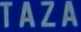
TAZA